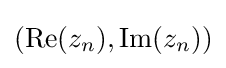
({\text{Re}}(z_{n}),{\text{Im}}(z_{n}))